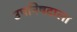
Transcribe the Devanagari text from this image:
उपनिषदाला